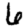
Digit: 6